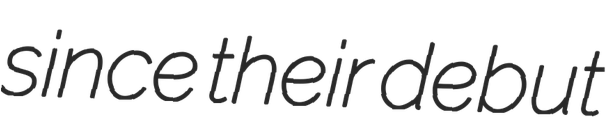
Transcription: since their debut